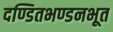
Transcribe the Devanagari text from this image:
दण्डितभण्डनभूत